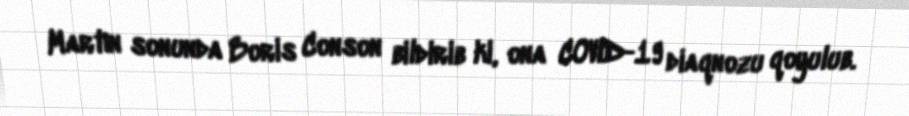
Martın sonunda Boris Conson bildirib ki, ona COVID-19 diaqnozu qoyulub.